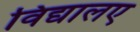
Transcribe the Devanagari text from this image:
विद्यालए